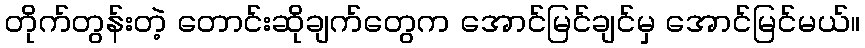
တိုက်တွန်းတဲ့ တောင်းဆိုချက်တွေက အောင်မြင်ချင်မှ အောင်မြင်မယ်။